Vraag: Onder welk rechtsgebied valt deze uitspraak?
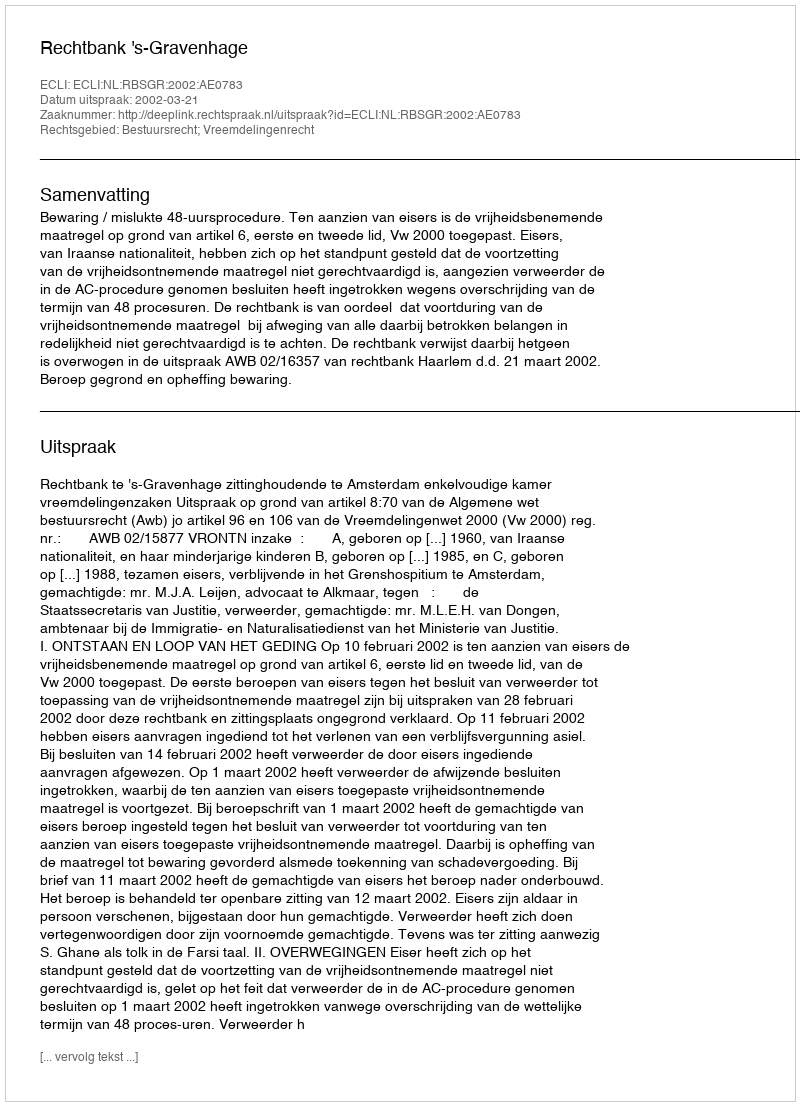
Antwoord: Bestuursrecht; Vreemdelingenrecht